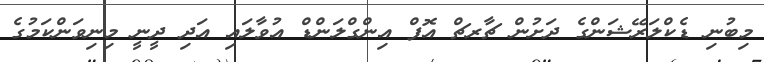
މިބުނި ޑެކްލަރޭޝަންގެ ދަށުން ޗާރޗް އޮފް އިންގްލަންޑް އުވާލައި އަދި ދީނީ މިނިވަންކަމުގެ